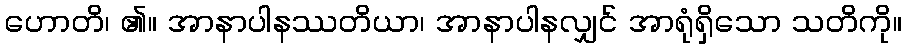
ဟောတိ၊ ၏။ အာနာပါနဿတိယာ၊ အာနာပါနလျှင် အာရုံရှိသော သတိကို။